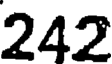
242